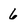
Character: 6